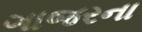
ગાજરના